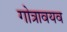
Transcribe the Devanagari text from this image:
गोत्रावयव